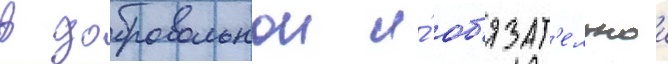
в добровольнои и́ об'язат'ельнои